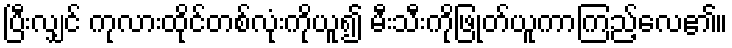
ပြီးလျှင် ကုလားထိုင်တစ်လုံးကိုယူ၍ မီးသီးကိုဖြုတ်ယူကာကြည့်လေ၏။